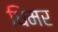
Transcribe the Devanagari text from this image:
धिमर